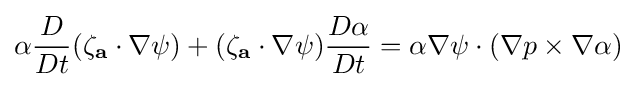
\alpha {\frac {D}{Dt}}(\mathbf {\zeta _{a}} \cdot \nabla \psi )+(\mathbf {\zeta _{a}} \cdot \nabla \psi ){\frac {D\alpha }{Dt}}=\alpha \nabla \psi \cdot (\nabla p\times \nabla \alpha )